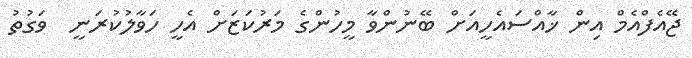
ޖޭއެފްއެމް އިން ޚާއްސައެހީއަށް ބޭނުންވާ މީހުންގެ މަރުކަޒަށް އެހީ ހަވާލުކުރަނީ  ވަގުތު